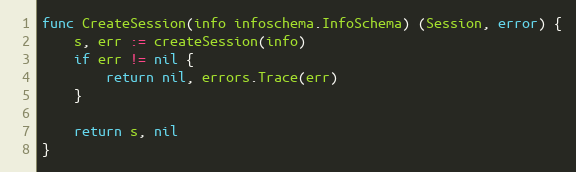
Language: Go
func CreateSession(info infoschema.InfoSchema) (Session, error) {
	s, err := createSession(info)
	if err != nil {
		return nil, errors.Trace(err)
	}

	return s, nil
}